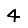
Digit: 4